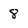
Character: 8